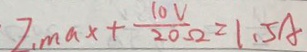
I _ { 1 \max } + \frac { 1 0 V } { 2 0 \Omega } = 1 . 5 A